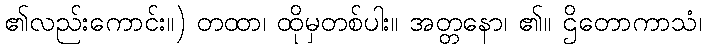
၏လည်းကောင်း။) တထာ၊ ထိုမှတစ်ပါး။ အတ္တနော၊ ၏။ ဌိတောကာသံ၊